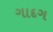
ગાદગ